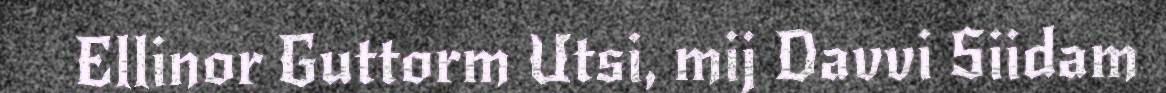
Ellinor Guttorm Utsi, mij Davvi Siidam